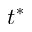
t ^ { * }